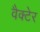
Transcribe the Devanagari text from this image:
वैक्टेर